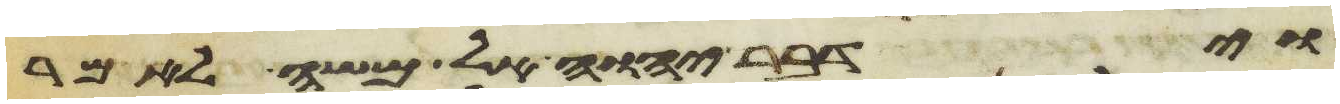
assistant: וידבר יהוה אל משה לאמר